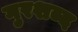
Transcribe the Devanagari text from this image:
गुरशब्द